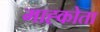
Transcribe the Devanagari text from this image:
माह्कोता